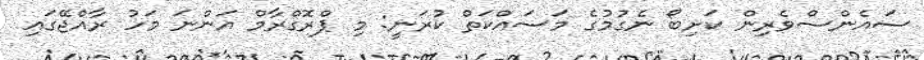
ސައެންސްވެރިން ކަށިބޯ ނެގުމުގެ މަސައްކަތް ކުރަނީ: މި ޕްރޮގްރާމް އަންނަ މަހު ރާއްޖޭގައި